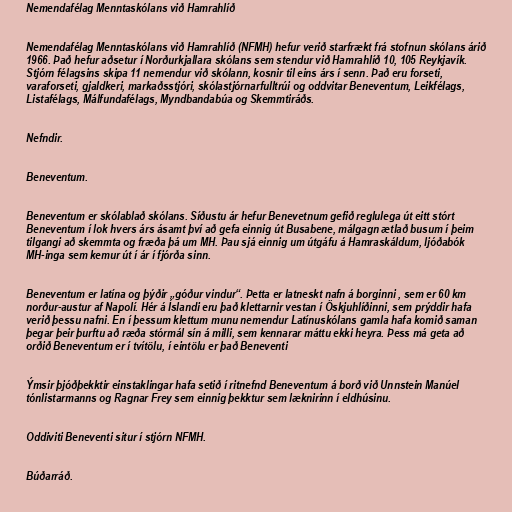
Nemendafélag Menntaskólans við Hamrahlíð

Nemendafélag Menntaskólans við Hamrahlíð (NFMH) hefur verið starfrækt frá stofnun skólans árið
1966. Það hefur aðsetur í Norðurkjallara skólans sem stendur við Hamrahlíð 10, 105 Reykjavík.
Stjórn félagsins skipa 11 nemendur við skólann, kosnir til eins árs í senn. Það eru forseti,
varaforseti, gjaldkeri, markaðsstjóri, skólastjórnarfulltrúi og oddvitar Beneventum, Leikfélags,
Listafélags, Málfundafélags, Myndbandabúa og Skemmtiráðs.

Nefndir.

Beneventum.

Beneventum er skólablað skólans. Síðustu ár hefur Benevetnum gefið reglulega út eitt stórt
Beneventum í lok hvers árs ásamt því að gefa einnig út Busabene, málgagn ætlað busum í þeim
tilgangi að skemmta og fræða þá um MH. Þau sjá einnig um útgáfu á Hamraskáldum, ljóðabók
MH-inga sem kemur út í ár í fjórða sinn.

Beneventum er latína og þýðir „góður vindur“. Þetta er latneskt nafn á borginni , sem er 60 km
norður-austur af Napolí. Hér á Íslandi eru það klettarnir vestan í Öskjuhlíðinni, sem prýddir hafa
verið þessu nafni. En í þessum klettum munu nemendur Latínuskólans gamla hafa komið saman
þegar þeir þurftu að ræða stórmál sín á milli, sem kennarar máttu ekki heyra. Þess má geta að
orðið Beneventum er í tvítölu, í eintölu er það Beneventi

Ýmsir þjóðþekktir einstaklingar hafa setið í ritnefnd Beneventum á borð við Unnstein Manúel
tónlistarmanns og Ragnar Frey sem einnig þekktur sem læknirinn í eldhúsinu.

Oddiviti Beneventi situr í stjórn NFMH.

Búðarráð.